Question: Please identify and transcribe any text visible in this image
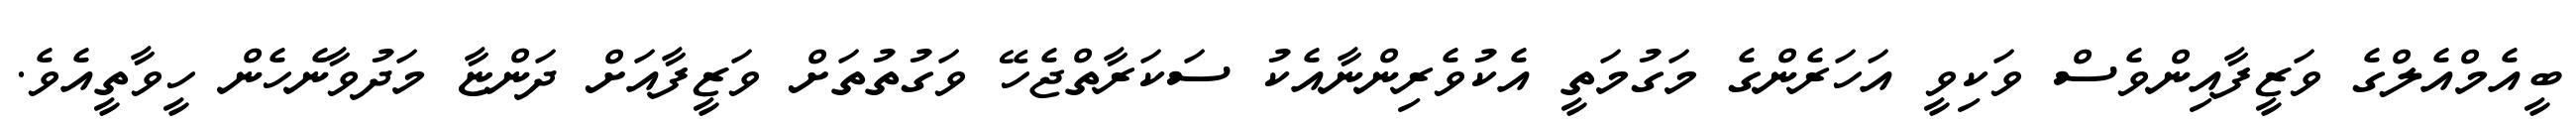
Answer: ބީއެމްއެލްގެ ވަޒީފާއިންވެސް ވަކިވީ އަހަރެންގެ މަގުމަތީ އެކުވެރިންނާއެކު ސަކަރާތްޖެހޭ ވަގުތުތަށް ވަޒީފާއަށް ދަންޏާ މަދުވާނެހެން ހީވާތީއެވެ.